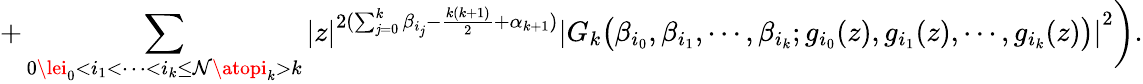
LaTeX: +\sum_{0\lei_{0}<i_{1}<\cdots<i_{k}\le\mathcal{N}\atopi_{k}>k}\left|z\right|^{2(\sum_{\mathit{j}=0}^{k}\beta_{i_{\mathit{j}}}-\frac{{k(k+1)}}{{2}}+\alpha_{k+1})}\left|G_{k}\big(\beta_{i_{0}},\beta_{i_{1}},\cdots,\beta_{i_{k}};g_{i_{0}}(z),g_{i_{1}}(z),\cdots,g_{i_{k}}(z)\big)\right|^{2}\bigg).